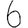
Digit: 6